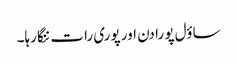
ساؤل پو را دن اور پوری رات ننگا رہا۔